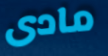
مادى